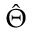
\hat { \Theta }